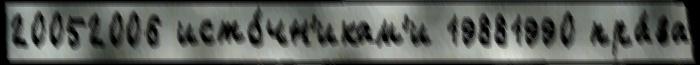
20052006 исто́чн'икам'и 19881990 пра́ва